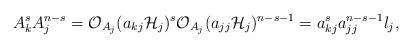
\begin{align*}A_{k}^{s}A_{j}^{n-s}=\mathcal{O}_{A_{j}}(a_{kj}\mathcal{H}_j)^{s}\mathcal{O}_{A_{j}}(a_{jj}\mathcal{H}_j)^{n-s-1}=a_{kj}^{s}a_{jj}^{n-s-1}l_{j},\end{align*}